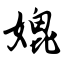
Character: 媲